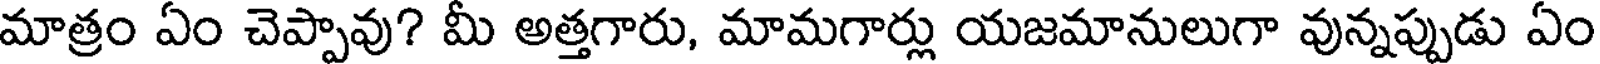
మాత్రం ఏం చెప్పావు? మీ అత్తగారు, మామగార్లు యజమానులుగా వున్నప్పుడు ఏం